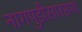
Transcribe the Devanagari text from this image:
नागपुडीसारख्या